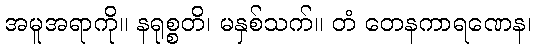
အမူအရာကို။ နရုစ္စတိ၊ မနှစ်သက်။ တံ တေနကာရဏေန၊